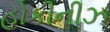
હોકીનીઝ